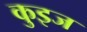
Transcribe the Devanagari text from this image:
कुइज